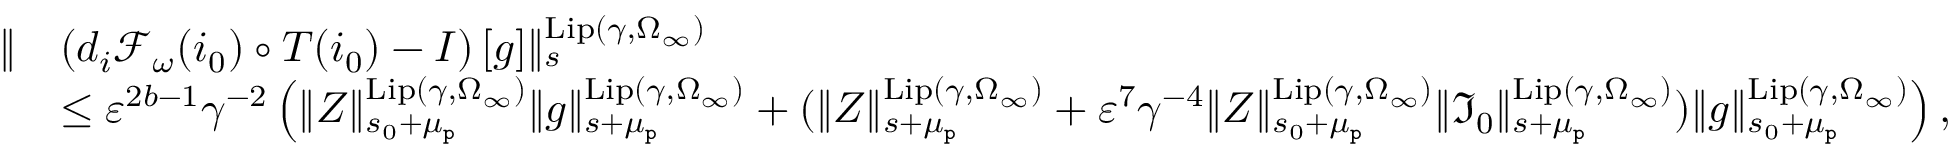
\begin{array} { r l } { \rVert } & { \left( d _ { i } \mathcal { F } _ { \omega } ( i _ { 0 } ) \circ T ( i _ { 0 } ) - I \right) [ g ] \rVert _ { s } ^ { \mathrm { L i p } ( \gamma , \Omega _ { \infty } ) } } \\ & { \le \varepsilon ^ { 2 b - 1 } \gamma ^ { - 2 } \left( \rVert Z \rVert _ { s _ { 0 } + \mu _ { \mathtt { p } } } ^ { \mathrm { L i p } ( \gamma , \Omega _ { \infty } ) } \rVert g \rVert _ { s + \mu _ { \mathtt { p } } } ^ { \mathrm { L i p } ( \gamma , \Omega _ { \infty } ) } + ( \rVert Z \rVert _ { s + \mu _ { \mathtt { p } } } ^ { \mathrm { L i p } ( \gamma , \Omega _ { \infty } ) } + \varepsilon ^ { 7 } \gamma ^ { - 4 } \rVert Z \rVert _ { s _ { 0 } + \mu _ { \mathtt { p } } } ^ { \mathrm { L i p } ( \gamma , \Omega _ { \infty } ) } \rVert \mathfrak { I } _ { 0 } \rVert _ { s + \mu _ { \mathtt { p } } } ^ { \mathrm { L i p } ( \gamma , \Omega _ { \infty } ) } ) \rVert g \rVert _ { s _ { 0 } + \mu _ { \mathtt { p } } } ^ { \mathrm { L i p } ( \gamma , \Omega _ { \infty } ) } \right) , } \end{array}